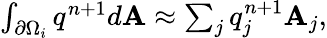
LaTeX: \begin{array}{r}{\int_{\partial\Omega_{i}}q^{n+1}d\textbf{A}\approx\sum_{j}^{}q_{j}^{n+1}\textbf{A}_{j},}\end{array}